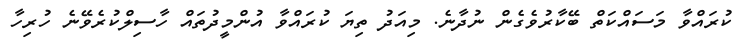
ކުރައްވާ މަސައްކަތް ބޭކާރުވެގެން ނުދާނެ. މިއަދު ތިޔަ ކުރައްވާ އުންމީދުތައް ހާސިލްކުރެވޭނެ ހުރިހާ